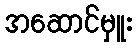
အဆောင်မှူး